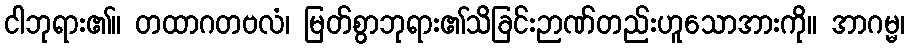
ငါဘုရား၏။ တထာဂတဗလံ၊ မြတ်စွာဘုရား၏သိခြင်းဉာဏ်တည်းဟူသောအားကို။ အာဂမ္မ၊